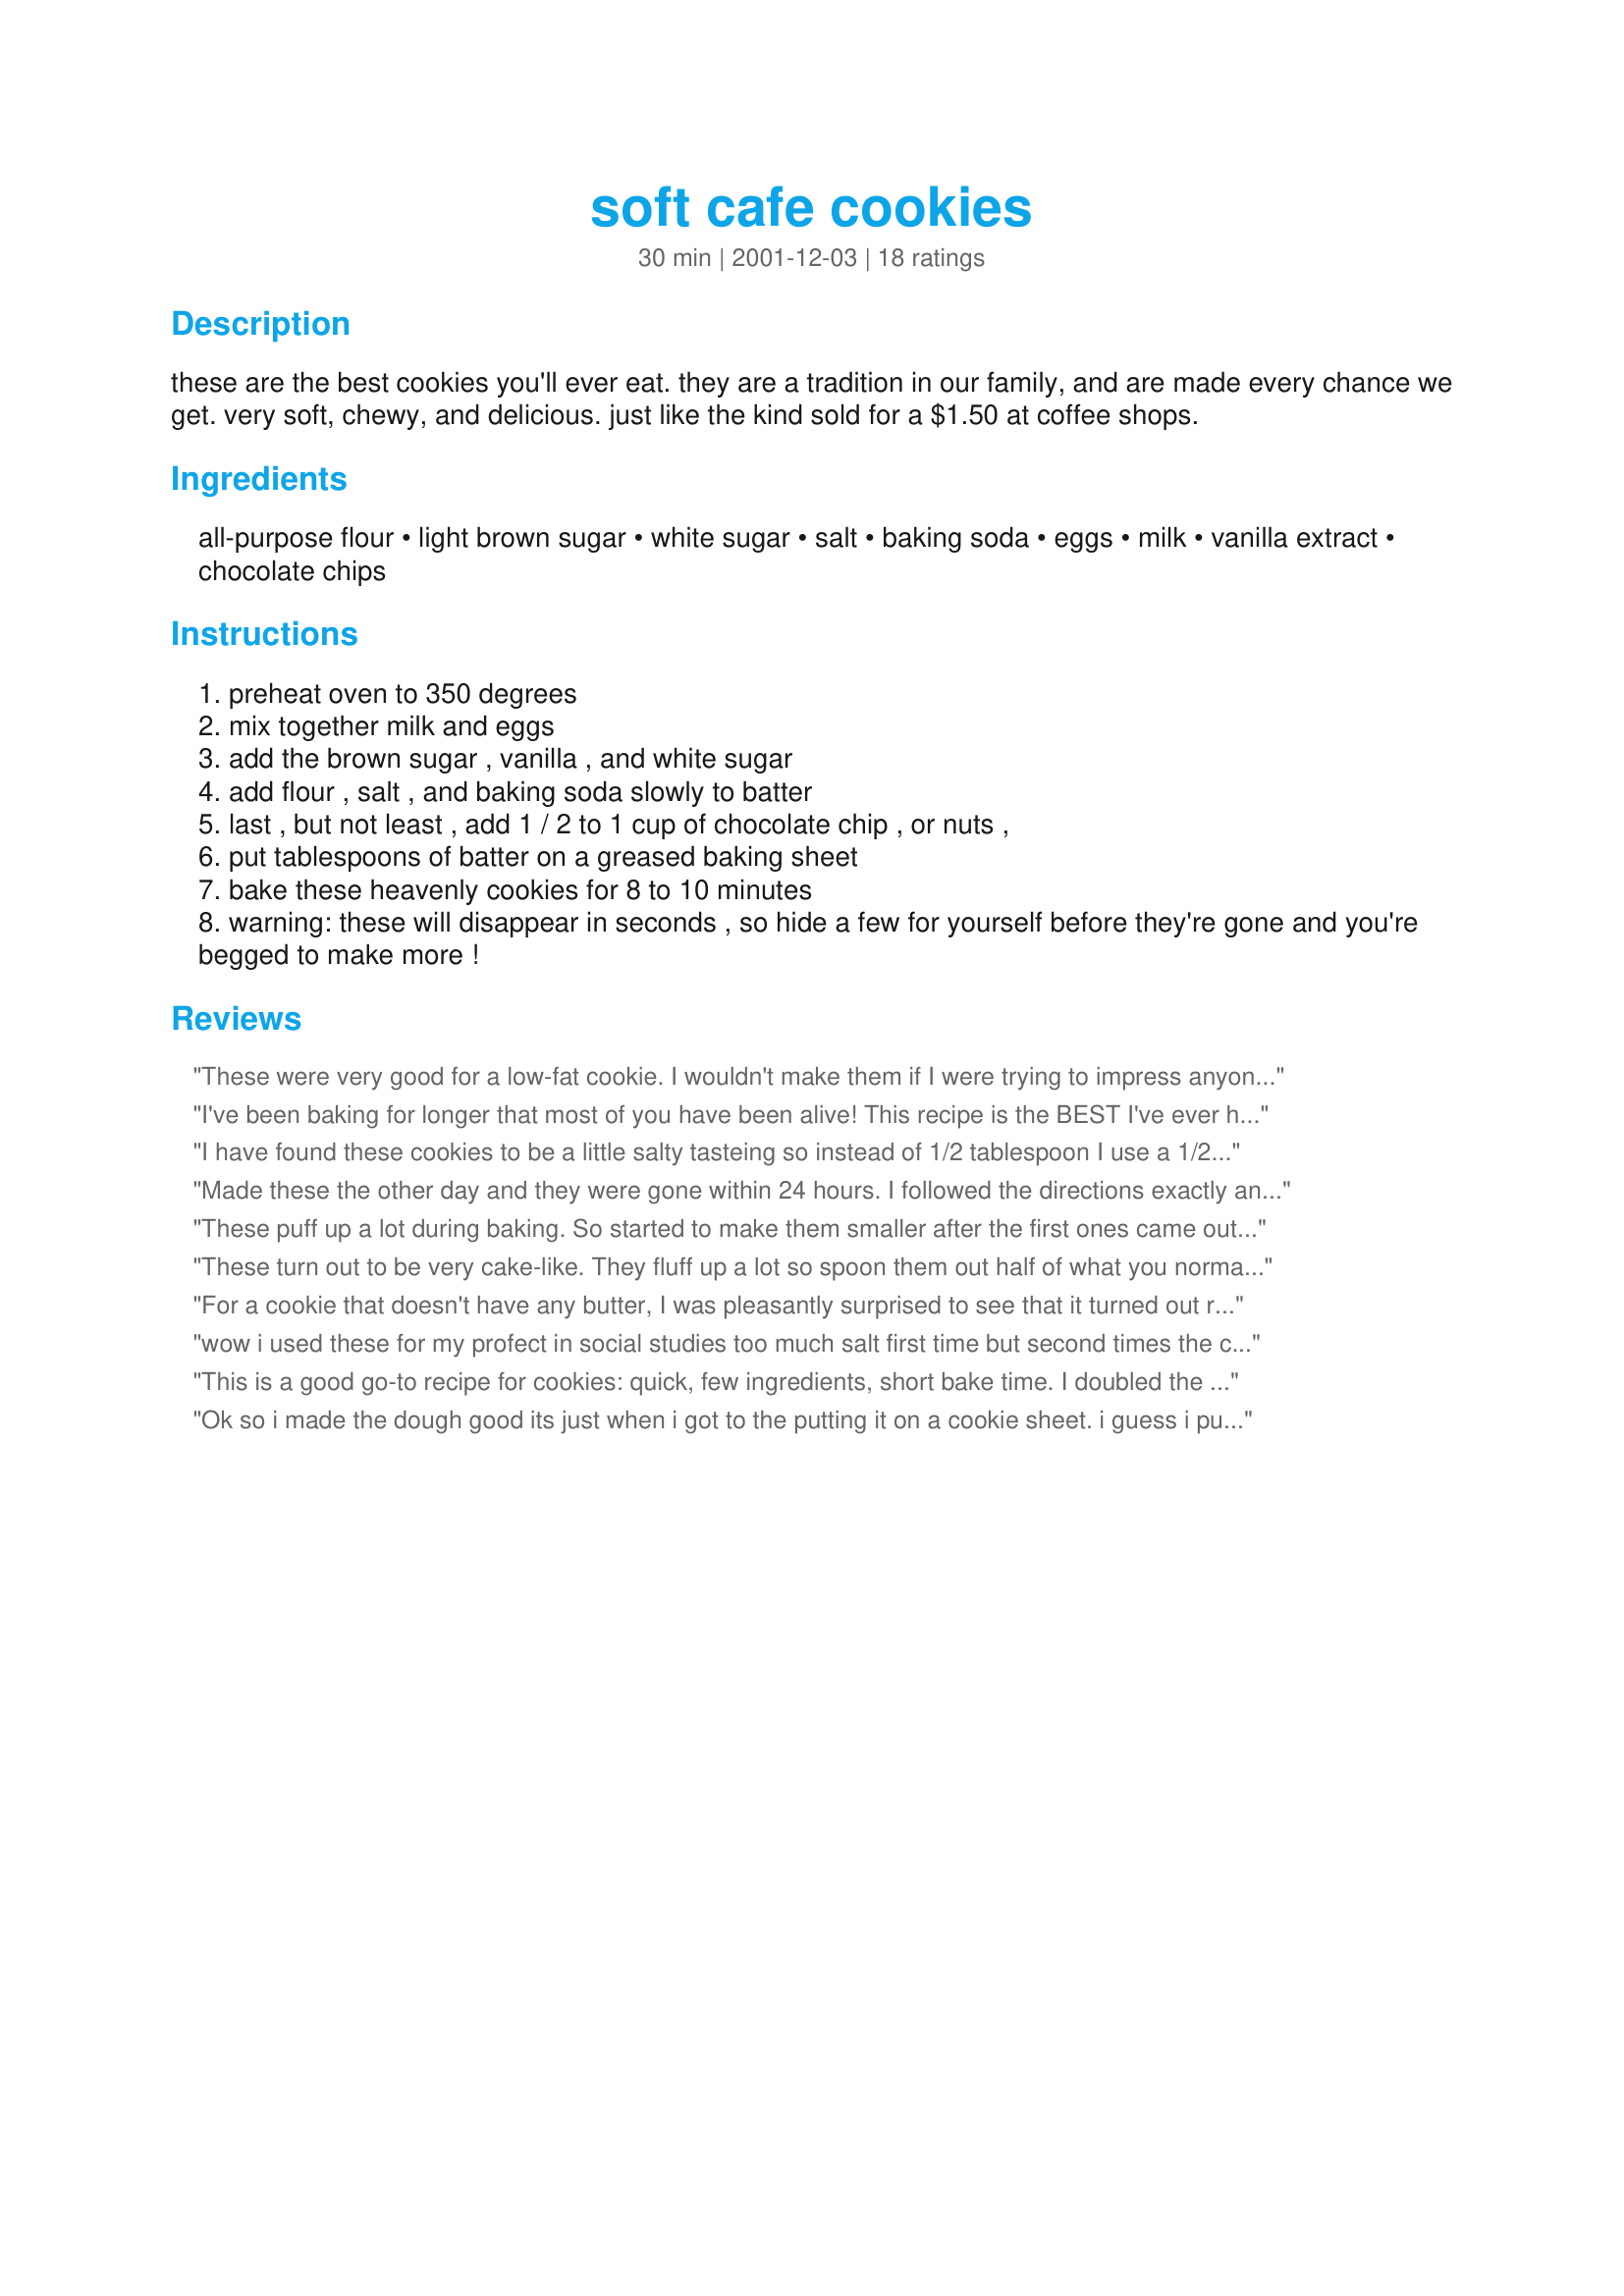
soft cafe cookies
Preparation time: 30 minutes

these are the best cookies you'll ever eat. they are a tradition in our family, and are made every chance we get. very soft, chewy, and delicious. just like the kind sold for a $1.50 at coffee shops.

Ingredients:
all-purpose flour, light brown sugar, white sugar, salt, baking soda, eggs, milk, vanilla extract, chocolate chips

Steps:
preheat oven to 350 degrees
mix together milk and eggs
add the brown sugar , vanilla , and white sugar
add flour , salt , and baking soda slowly to batter
last , but not least , add 1 / 2 to 1 cup of chocolate chip , or nuts ,
put tablespoons of batter on a greased baking sheet
bake these heavenly cookies for 8 to 10 minutes
warning: these will disappear in seconds , so hide a few for yourself before they're gone and you're begged to make more !

Reviews:
These were very good for a low-fat cookie. I wouldn't make them if I were trying to impress anyone, but considering each cookie only had 56 calories and 1/2 gram of fat I'd say they were pretty darn good! Perfect to fill a craving for soft, fresh baked cookies without completely blowing it! I only made a half-batch and it made 16 cookies using my 1 tablespoon size cookie scoop. I accidentally left out the salt, but they were still good. I will be making these again! Thanks for a nice low-fat cookie recipe!
I've been baking for longer that most of you have been alive! This recipe is the BEST I've ever had the pleasure of making and especially eating. But I do agree, there was a tad bit of a salty after-taste, so I suggest that you reduce the salt in half. I only wish they lasted longer. I'm off to make a new batch. Ta Ta...
I have found these cookies to be a little salty tasteing so instead of 1/2 tablespoon I use a 1/2 teaspoon.They are great.
Made these the other day and they were gone within 24 hours. I followed the directions exactly and they turned out wonderfully. A friend said they tasted a lot like graham crackers. Definitely plan on making these again.
These puff up a lot during baking. So started to make them smaller after the first ones came out of the oven. I miss read and used 1/2 tsp of salt, sounds like that was the right thing to do.
These turn out to be very cake-like. They fluff up a lot so spoon them out half of what you normally do. They are not very moist and not too flavorful. I am indifferent with how I feel about them.
For a cookie that doesn't have any butter, I was pleasantly surprised to see that it turned out really well. I just used brown sugar for the sugar [I don't use white sugar at all] and omitted the salt.
This cookies are great with the chocolate chips and a predominantly vanilla taste. They are not sickly sweet. And they disappeared very quickly. And I can recommend eating the raw cookie dough on this one - its very yummy!
wow i used these for my profect in social studies too much salt first time but second times the charm right?

This is a good go-to recipe for cookies: quick, few ingredients, short bake time. I doubled the chocolate chips and still thought they could use more... but I love chocolate! Be sure to bake them right away--my first round in the oven came out great, but the second round seemed a little flatter. Didn't realize they were lower in fat, but that makes sense since there's no butter, oil or shortening in the recipe. These cookies were devoured within 24 hours in a house of three, if that says anything!
Ok so i made the dough good its just when i got to the putting it on a cookie sheet. i guess i put too much for each cookie and my cookies were big hard and very puffy. I&#039;m so so disappointed i dint get to try them out. I think I&#039;m better with store bought cause u don&#039;t have to worry about size.
These were the worst tasting cookies i've ever eaten! Too salty, not sweet enough and in your recipe you do not use any butter or margarine. And in the recipe you say baking soda, but in the instructions you state baking powder which is it! I will not reccommend this recipe to my worst enemy.
These were pretty okie. They were chewy, soft and nice, the only problem was the salt. I added 1/2 tsp. and still feel it's more. I'd suggest to use 1/4 tsp. I baked these in 3.5 minutes !
blah!! do not waste your flour!
I thought these cookies were good. They are definitely fluffier than most cookies (but not like a meringue). I used 1/4 tsp salt and added chocolate chips then I baked them for about 8 minutes until they were slightly browned on top. I found them to be plenty sweet and not salty at all.
Yes they did puff up and they were chewy, however they weren't really sweet tasting??? Not how I like my cookies. The recipe wasn't bad just when I want a cookie, I want it to be sweet
I followed the recipe, except for the salt, which I only used 1/4 tsp. I agree with everyone else; very puffy, not too sweet. Good, but nothing to write home about. Good tea cookies. Pouring on a little icing would definitely make these cookies guest-worthy!
Had no butter, puffed up but now that chewy, I guess someone who doesn't bake and would buy $1.50 cookie and a $3.50 coffee would like it. Won't make it again. Maybe I didn't follow the directions but I've been baking professionally and non professionally for 25 years.
Lovely... I used Self Raising flour and no baking soda, as im in england and i wouldnt have a clue what all purpose flour would be over here. 

they are lovely fluffyer than any other cookies iv tried.

my friends had some and all approved
